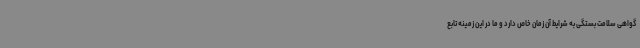
گواهی سلامت بستگی به شرایط آن زمان خاص دارد و ما در این زمینه تابع